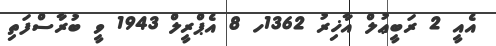
އެއީ 2 ރަބީޢުލް އާޚިރު 1362ހ 8 އެޕްރީލް 1943 ވީ ބުރާސްފަތި